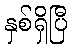
နှစ်ရှိပြီ